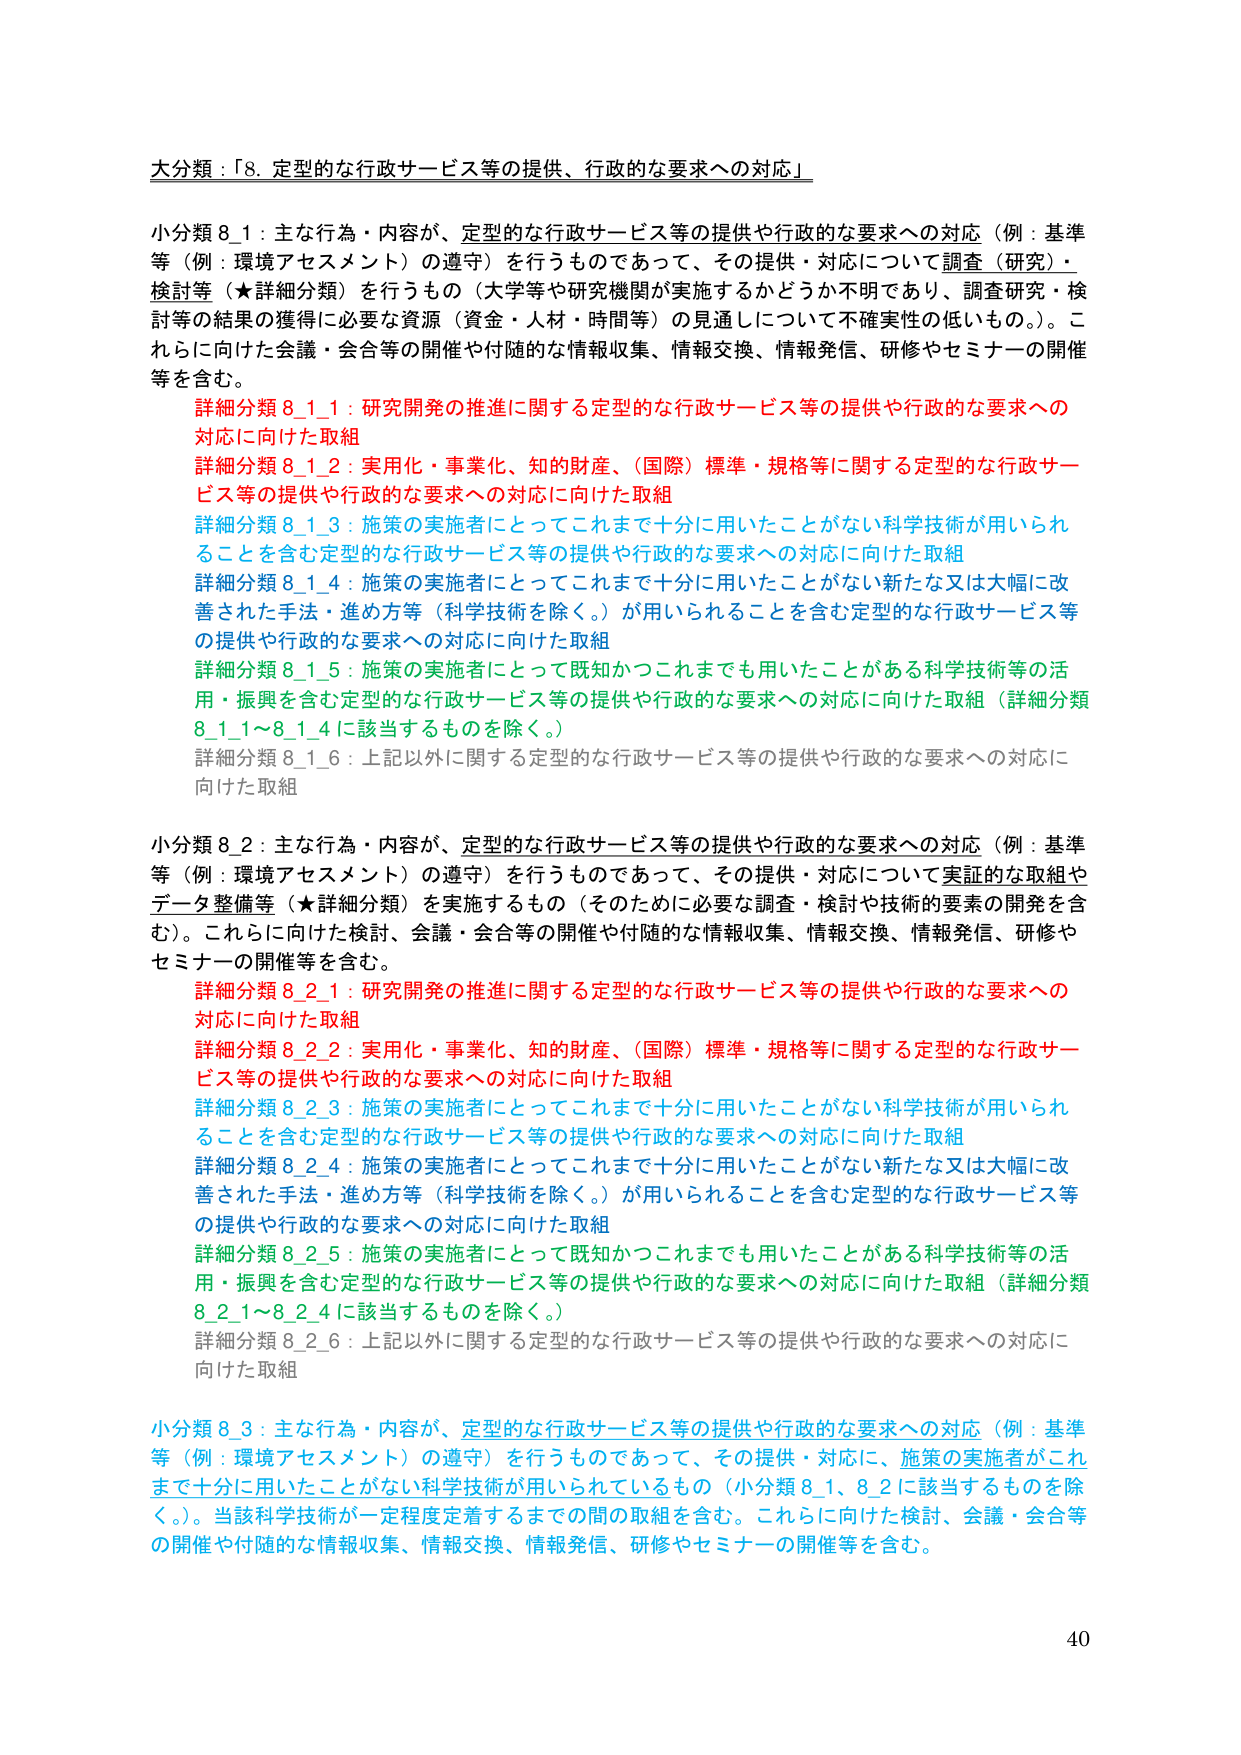
大分類：「8. 定型的な行政サービス等の提供、行政的な要求への対応」

小分類 8_1：主な行為・内容が、定型的な行政サービス等の提供や行政的な要求への対応（例：基準等（例：環境アセスメント）の遵守）を行うものであって、その提供・対応について調査（研究）・検討等（★詳細分類）を行うもの（大学等や研究機関が実施するかどうか不明であり、調査研究・検討等の結果の獲得に必要な資源（資金・人材・時間等）の見通しについて不確実性の低いもの。）。これらに向けた会議・会合等の開催や付随的な情報収集、情報交換、情報発信、研修やセミナーの開催等を含む。

　詳細分類 8_1_1：研究開発の推進に関する定型的な行政サービス等の提供や行政的な要求への対応に向けた取組
　詳細分類 8_1_2：実用化・事業化、知的財産、（国際）標準・規格等に関する定型的な行政サービス等の提供や行政的な要求への対応に向けた取組
　詳細分類 8_1_3：施策の実施者にとってこれまで十分に用いたことがない科学技術が用いられることを含む定型的な行政サービス等の提供や行政的な要求への対応に向けた取組
　詳細分類 8_1_4：施策の実施者にとってこれまで十分に用いたことがない新たな又は大幅に改善された手法・進め方等（科学技術を除く。）が用いられることを含む定型的な行政サービス等の提供や行政的な要求への対応に向けた取組
　詳細分類 8_1_5：施策の実施者にとって既知かつこれまでも用いたことがある科学技術等の活用・振興を含む定型的な行政サービス等の提供や行政的な要求への対応に向けた取組（詳細分類 8_1_1～8_1_4 に該当するものを除く。）
　詳細分類 8_1_6：上記以外に関する定型的な行政サービス等の提供や行政的な要求への対応に向けた取組

小分類 8_2：主な行為・内容が、定型的な行政サービス等の提供や行政的な要求への対応（例：基準等（例：環境アセスメント）の遵守）を行うものであって、その提供・対応について実証的な取組やデータ整備等（★詳細分類）を実施するもの（そのために必要な調査・検討や技術的要素の開発を含む）。これらに向けた検討、会議・会合等の開催や付随的な情報収集、情報交換、情報発信、研修やセミナーの開催等を含む。

　詳細分類 8_2_1：研究開発の推進に関する定型的な行政サービス等の提供や行政的な要求への対応に向けた取組
　詳細分類 8_2_2：実用化・事業化、知的財産、（国際）標準・規格等に関する定型的な行政サービス等の提供や行政的な要求への対応に向けた取組
　詳細分類 8_2_3：施策の実施者にとってこれまで十分に用いたことがない科学技術が用いられることを含む定型的な行政サービス等の提供や行政的な要求への対応に向けた取組
　詳細分類 8_2_4：施策の実施者にとってこれまで十分に用いたことがない新たな又は大幅に改善された手法・進め方等（科学技術を除く。）が用いられることを含む定型的な行政サービス等の提供や行政的な要求への対応に向けた取組
　詳細分類 8_2_5：施策の実施者にとって既知かつこれまでも用いたことがある科学技術等の活用・振興を含む定型的な行政サービス等の提供や行政的な要求への対応に向けた取組（詳細分類 8_2_1～8_2_4 に該当するものを除く。）
　詳細分類 8_2_6：上記以外に関する定型的な行政サービス等の提供や行政的な要求への対応に向けた取組

小分類 8_3：主な行為・内容が、定型的な行政サービス等の提供や行政的な要求への対応（例：基準等（例：環境アセスメント）の遵守）を行うものであって、その提供・対応に、施策の実施者がこれまで十分に用いたことがない科学技術が用いられているもの（小分類 8_1、8_2 に該当するものを除く。）。当該科学技術が一定程度定着するまでの間の取組を含む。これらに向けた検討、会議・会合等の開催や付随的な情報収集、情報交換、情報発信、研修やセミナーの開催等を含む。

40